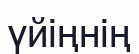
үйіңнің